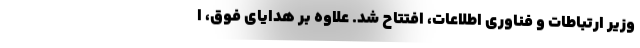
وزیر ارتباطات و فناوری اطلاعات، افتتاح شد. علاوه بر هدایای فوق، ا